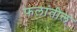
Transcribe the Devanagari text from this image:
फलांतील